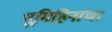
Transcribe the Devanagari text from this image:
भूमिहिनांचा